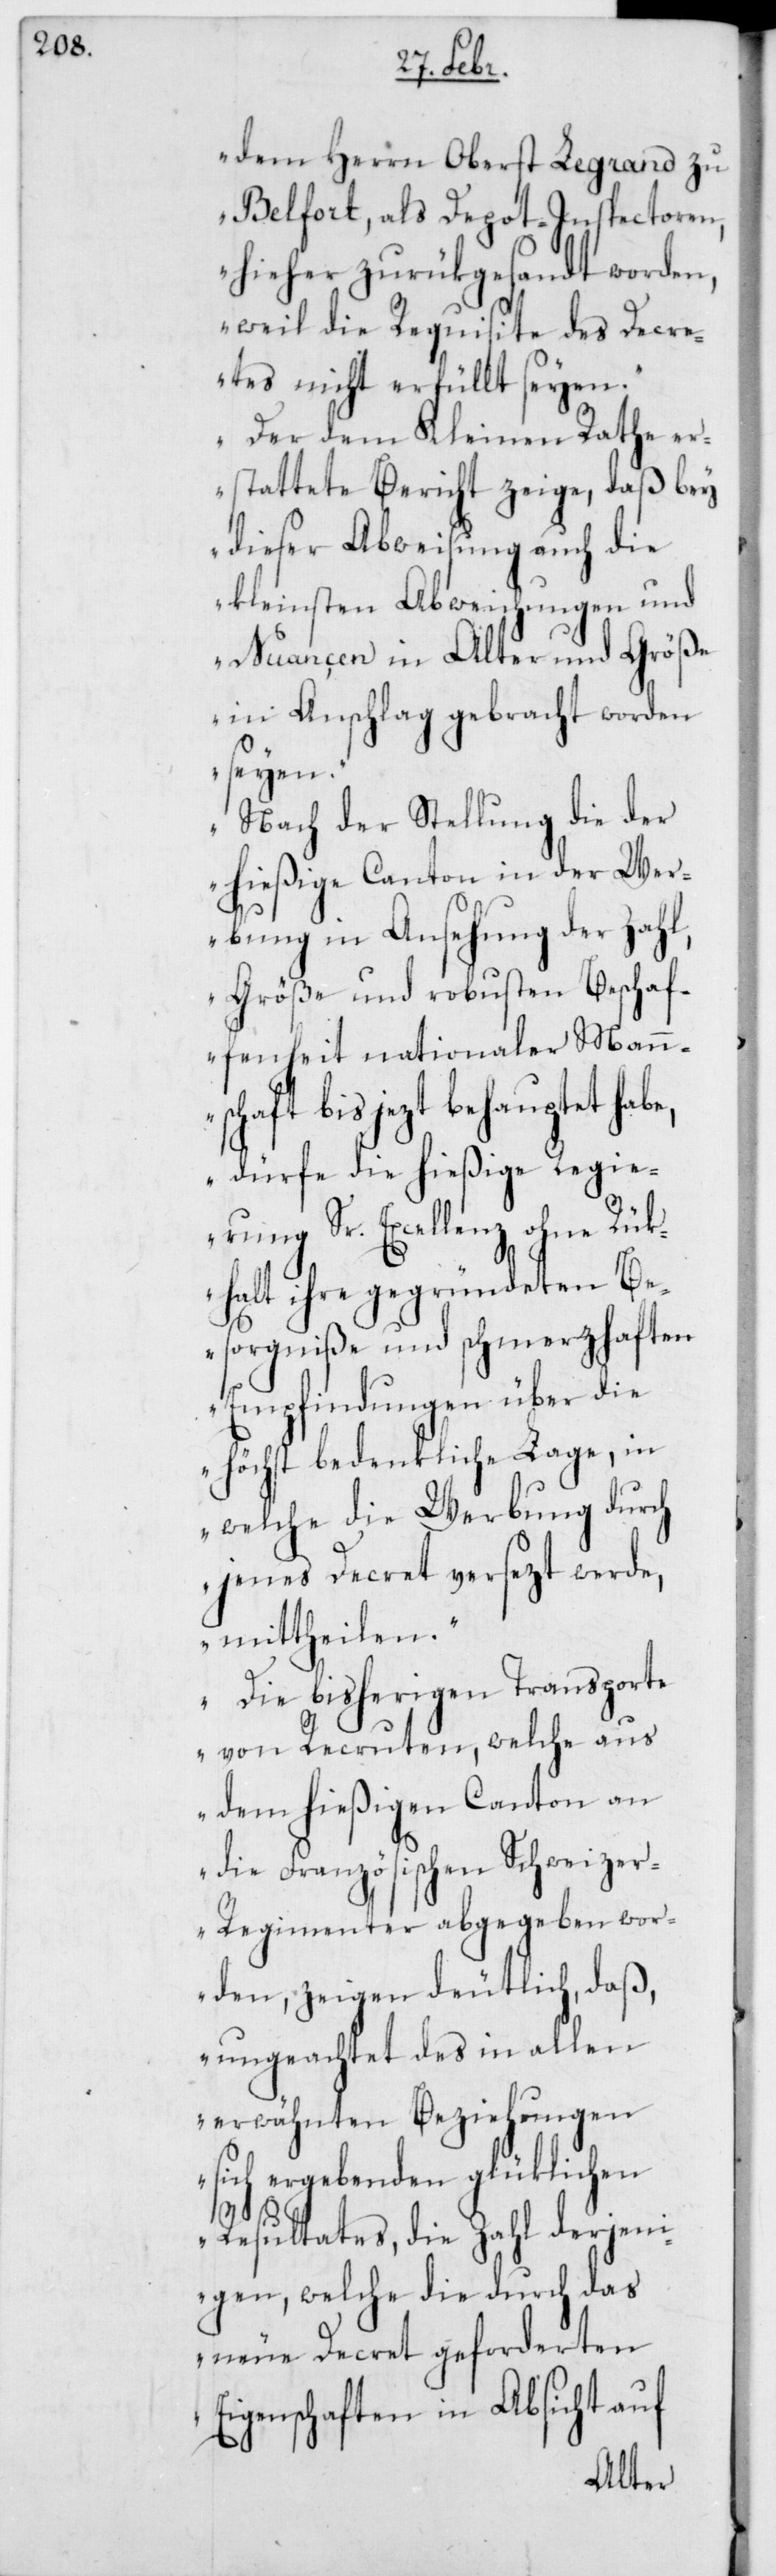
dem Herr Oberst Legrand zu
Belfort, als Depot-Inspectoren,
hieher zurükgesandt worden,
weil die Requisite des Decre¬
tes nicht erfüllt seyen.
Der dem Kleinen Rathe er¬
stattete Bericht zeige, daß bey
dieser Abweisung auch die
kleinsten Abweichungen und
Nuancen in Alter und Größe
in Anschlag gebracht worden
seyen.
Nach der Stellung die der
hießige Canton in der Wer¬
bung in Ansehung der Zahl,
Größe und robusten Beschaf¬
fenheit nationaler Mann¬
schaft bis jezt behauptet habe,
dürfe die hießige Regie¬
rung Sr. Excellenz ohne Rük¬
halt ihre gegründeten Be¬
sorgniße und schmerzhaften
Empfindungen über die
höchst bedenkliche Lage, in
welche die Werbung durch
jenes Decret versezt werde,
mittheilen.
Die bisherigen Transporte
von Recruten, welche aus
dem hießigen Canton an
die Französischen Schweize¬
r-Regimenter abgegeben wor¬
den, zeigen deutlich, daß,
ungeachtet des in allen
erwähnten Beziehungen
sich ergebenden glüklichen
Resultates, die Zahl derjeni¬
gen, welche die durch das
neue Decret gefordereten
Eigenschaften in Absicht auf